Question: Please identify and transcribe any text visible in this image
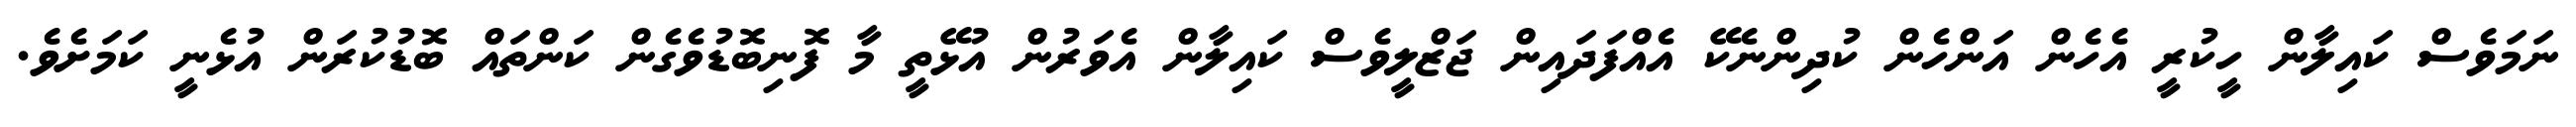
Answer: ނަމަވެސް ކައިލާން ހީކުރީ އެހެން އަންހެން ކުދިންނެކޭ އެއްފަދައިން ޖަޒްލީވެސް ކައިލާން އެވަރުން އުޅޭތީ މާ ފޮނިބޮޑުވެގެން ކަންތައް ބޮޑުކުރަން އުޅެނީ ކަމަށެވެ.